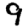
Digit: 9